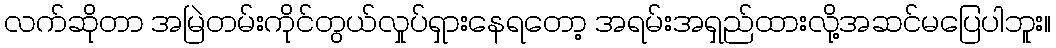
လက်ဆိုတာ အမြဲတမ်းကိုင်တွယ်လှုပ်ရှားနေရတော့ အရမ်းအရှည်ထားလို့အဆင်မပြေပါဘူး။